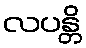
လပန္တိ